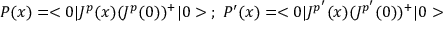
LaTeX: P ( x ) = < 0 | J ^ { p } ( x ) ( J ^ { p } ( 0 ) ) ^ { + } | 0 > \; ; \; P ^ { \prime } ( x ) = < 0 | J ^ { p ^ { \prime } } ( x ) ( J ^ { p ^ { \prime } } ( 0 ) ) ^ { + } | 0 >